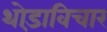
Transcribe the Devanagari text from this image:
थोड़ाविचार